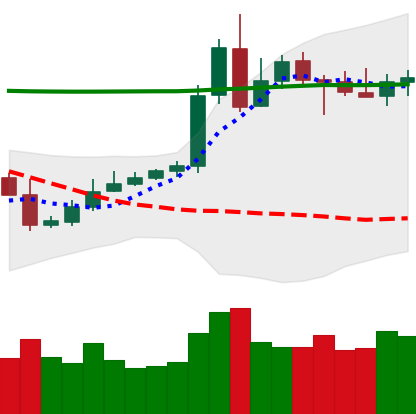
Ticker: XRP-USD
Chart end date: 2020-05-08
Forward return: -8.346%
Label: down_7plus